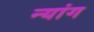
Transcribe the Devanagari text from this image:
न्यांग